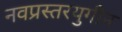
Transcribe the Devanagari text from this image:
नवप्रस्तरयुगीन